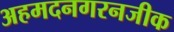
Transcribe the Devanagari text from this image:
अहमदनगरनजीक